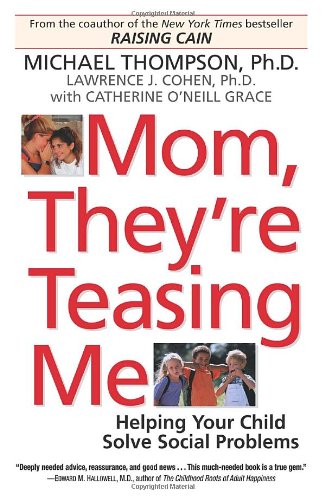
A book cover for Mom, They're Teasing Me: Helping Your Child Solve Social Problems; Michael Thompson; Parenting & Relationships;